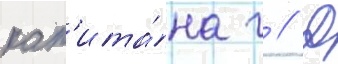
кап'ита́на г // Д